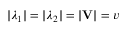
| \lambda _ { 1 } | = | \lambda _ { 2 } | = | \mathbf { V } | = v